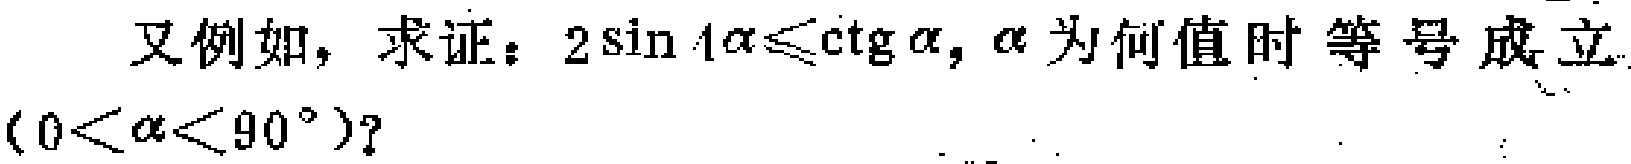
又例如，求证：\(2\sin 4\alpha\leqslant\mathrm{ctg}\alpha\)，\(\alpha\)为何值时等号成立\((0<\alpha<90^{\circ})\)？